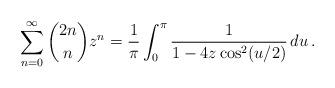
LaTeX: \begin{align*}\sum_{n=0}^\infty \binom{2n}n z^n = \frac1\pi \int_0^\pi \frac{1}{1-4z\cos^2(u/2)}\,du\,.\end{align*}